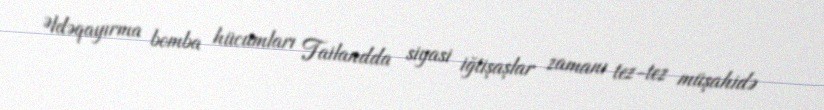
Əldəqayırma bomba hücumları Tailandda siyasi iğtişaşlar zamanı tez-tez müşahidə